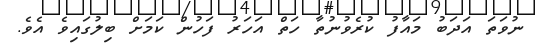
ނުވަތަ އަދަބު މައާފު ކުރެވުނުތާ ހަތް އަހަރު ފަހުން ކަމަށް ބިލުގައިވެ އެވެ.